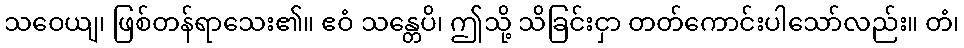
သဝေယျ၊ ဖြစ်တန်ရာသေး၏။ ဧဝံ သန္တေပိ၊ ဤသို့ သိခြင်းငှာ တတ်ကောင်းပါသော်လည်း။ တံ၊